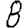
Digit: 8